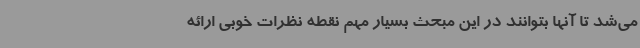
می‌شد تا آنها بتوانند در این مبحث بسیار مهم نقطه‌ نظرات خوبی ارائه